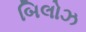
બિલોઝ